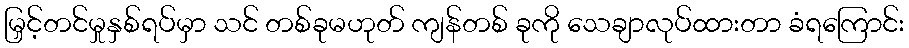
မြှင့်တင်မှုနှစ်ရပ်မှာ သင် တစ်ခုမဟုတ် ကျန်တစ် ခုကို သေချာလုပ်ထားတာ ခံရကြောင်း